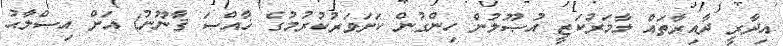
އިދާރީ ދާއިރާތައް ލާމަރުކަޒީ އުޞޫލުން ހިންގުން ކަށަވަރުކުރުމުގެ ޚާއްޞަ ޤާނޫނު) އަށް އިޞްލާޙު